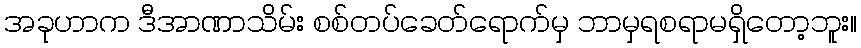
အခုဟာက ဒီအာဏာသိမ်း စစ်တပ်ခေတ်ရောက်မှ ဘာမှရစရာမရှိတော့ဘူး။